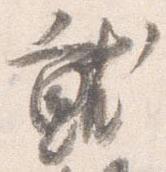
就